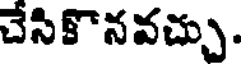
చేసికొనవచ్చు.